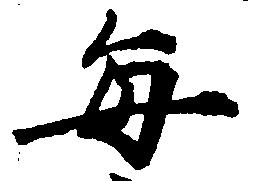
毎